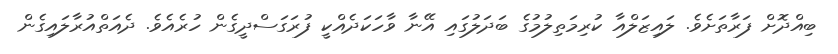
ބިއްދޮށް ފަރާތަށެވެ. ލައިޒަލްއާ ކުރިމަތިލުމުގެ ބަދަލުގައި އޭނާ ވާހަކަދެއްކީ ފުރަގަސްދީގެން ހުރެއެވެ. ދެއަތްއުރާލައިގެން